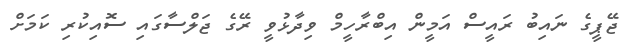
ޖޭޕީގެ ނައިބު ރައީސް އަމީން އިބްރާހީމް ވިދާޅުވީ ރޭގެ ޖަލްސާގައި ސޮއިކުރި ކަމަށް